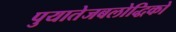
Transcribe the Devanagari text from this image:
पुयातेजबलोद्धिको